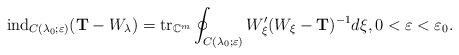
LaTeX: \begin{align*}\mbox{ind}_{C(\lambda_0; \varepsilon)}(\mathbf{T}-W_\lambda)=\mbox{tr}_{\mathbb{C}^m}\oint_{C(\lambda_0; \varepsilon)} {W_\xi'}(W_\xi-\mathbf{T})^{-1}d\xi, 0<\varepsilon<\varepsilon_{0}.\end{align*}